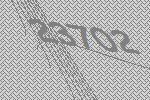
23702